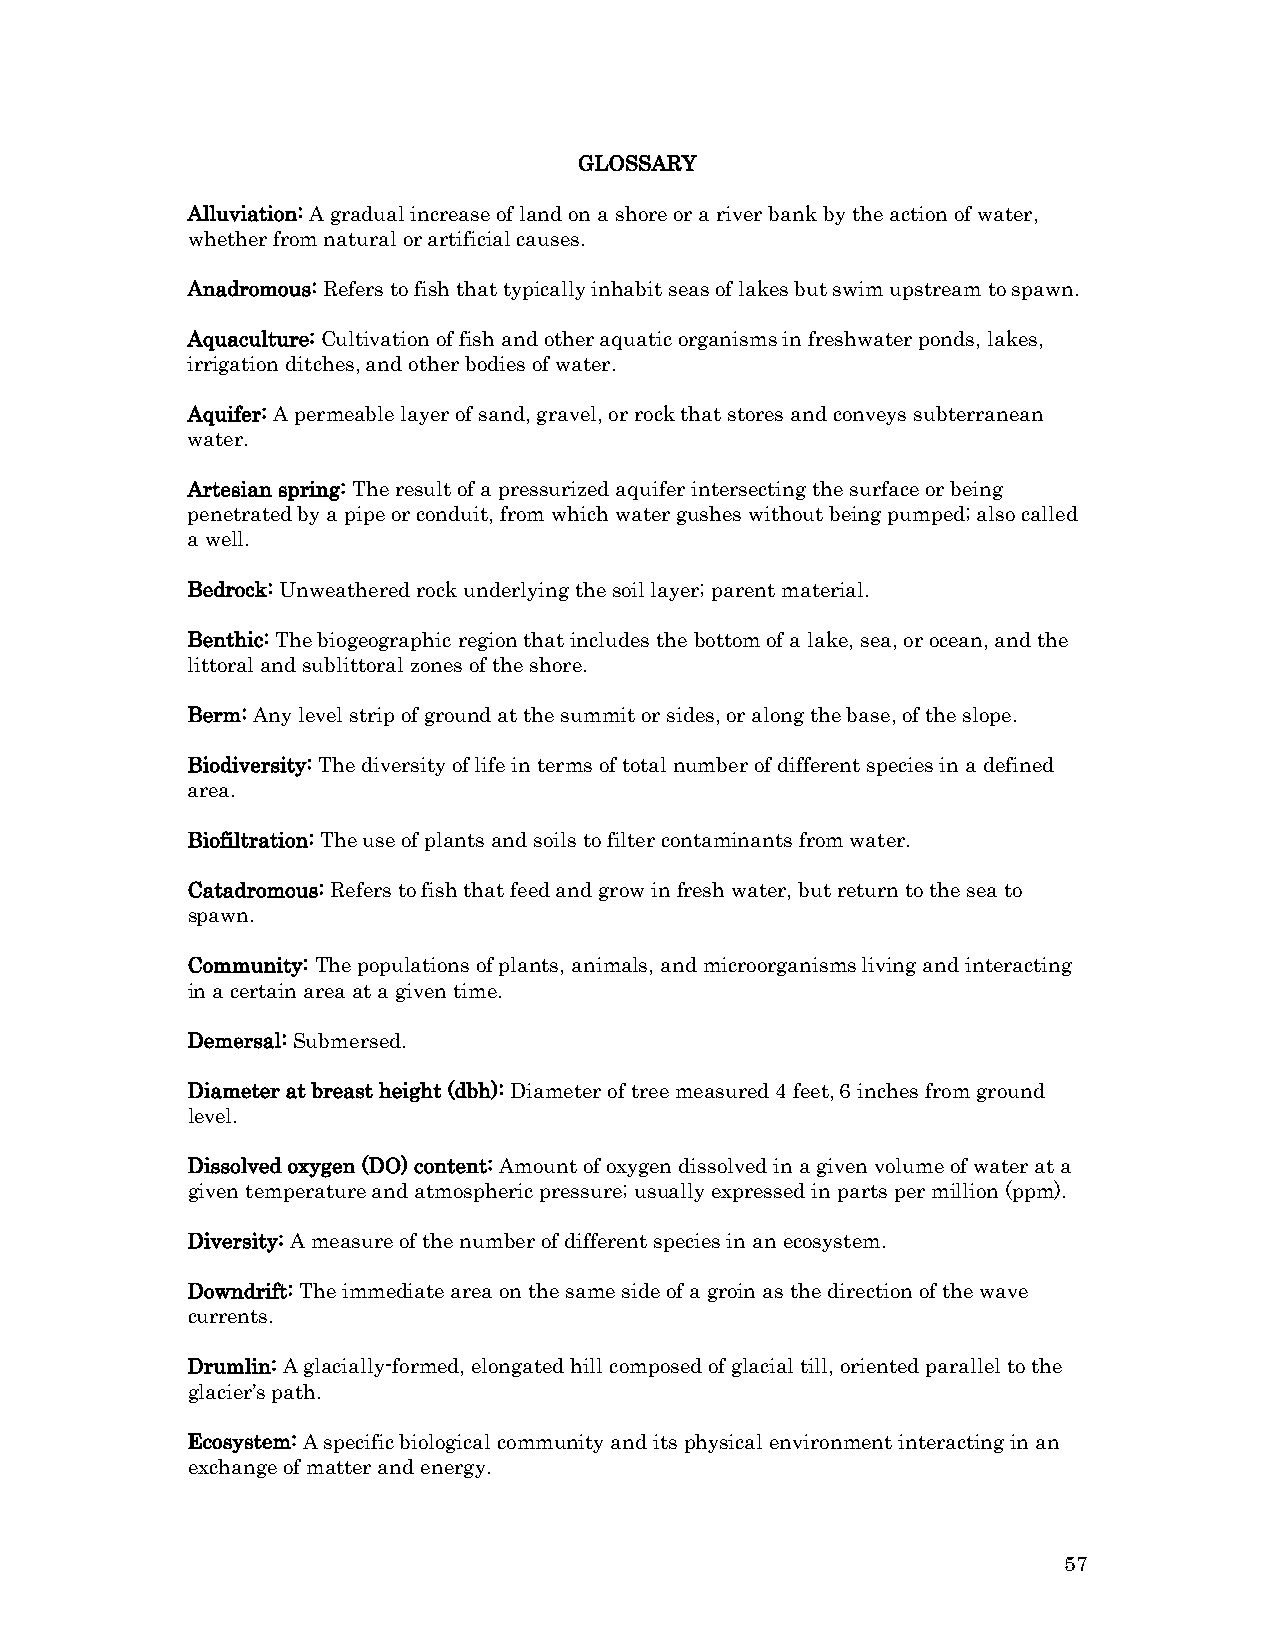
GLOSSARY
 Alluviation: A gradual increase of land on a shore or a river bank by the action of water,
 whether from natural or artificial causes.
 Anadromous: Refers to fish that typically inhabit seas of lakes but swim upstream to spawn.
 Aquaculture: Cultivation of fish and other aquatic organisms in freshwater ponds, lakes,
 irrigation ditches, and other bodies of water.
 Aquifer: A permeable layer of sand, gravel, or rock that stores and conveys subterranean
 water.
 Artesian spring: The result of a pressurized aquifer intersecting the surface or being
 penetrated by a pipe or conduit, from which water gushes without being pumped; also called
 a well.
 Bedrock: Unweathered rock underlying the soil layer; parent material.
 Benthic: The biogeographic region that includes the bottom of a lake, sea, or ocean, and the
 littoral and sublittoral zones of the shore.
 Berm: Any level strip of ground at the summit or sides, or along the base, of the slope.
 Biodiversity: The diversity of life in terms of total number of different species in a defined
 area.
 Biofiltration: The use of plants and soils to filter contaminants from water.
 Catadromous: Refers to fish that feed and grow in fresh water, but return to the sea to
 spawn.
 Community: The populations of plants, animals, and microorganisms living and interacting
 in a certain area at a given time.
 Demersal: Submersed.
 Diameter at breast height (dbh): Diameter of tree measured 4 feet, 6 inches from ground
 level.
 Dissolved oxygen (DO) content: Amount of oxygen dissolved in a given volume of water at a
 given temperature and atmospheric pressure; usually expressed in parts per million (ppm).
 Diversity: A measure of the number of different species in an ecosystem.
 Downdrift: The immediate area on the same side of a groin as the direction of the wave
 currents.
 Drumlin: A glacially-formed, elongated hill composed of glacial till, oriented parallel to the
 glacier’s path.
 Ecosystem: A specific biological community and its physical environment interacting in an
 exchange of matter and energy.
 57